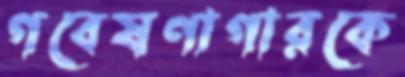
গবেষণাগারকে